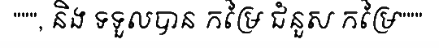
""", និង ទទួលបាន កម្រៃ ជំនួស កម្រៃ"""